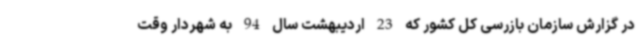
در گزارش سازمان بازرسی کل کشور که 23 اردیبهشت سال 94 به شهردار وقت